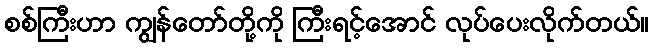
စစ်ကြီးဟာ ကျွန်တော်တို့ကို ကြီးရင့်အောင် လုပ်ပေးလိုက်တယ်။